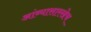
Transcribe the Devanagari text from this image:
आंब्यासारखेच